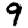
Digit: 9